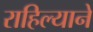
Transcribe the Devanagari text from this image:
राहिल्‍याने